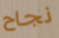
نجاح